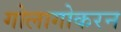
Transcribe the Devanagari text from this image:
गोलागोकरन